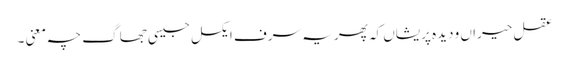
عقل حیراں و دیدہ پریشاں کہ پھر یہ سرف ایکسل جیسی جھاگ چہ معنی ۔